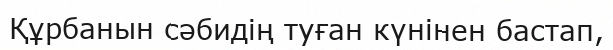
Құрбанын сәбидің туған күнінен бастап,